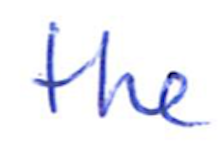
Text: the
Cross-out: clean
Writing tool: ballpoint